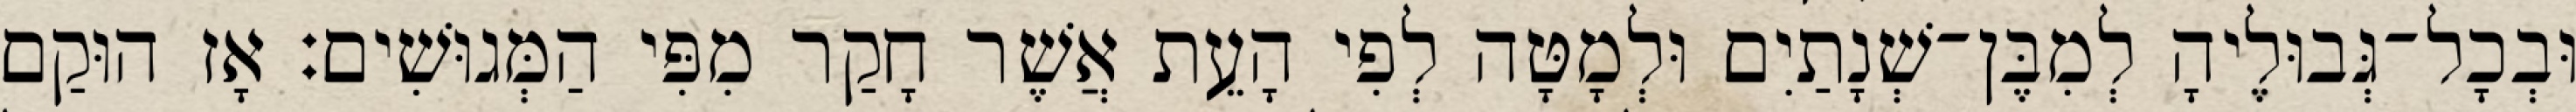
וּבְכָל־גְּבוּלֶיהָ לְמִבֶּן־שְׁנָתַיִם וּלְמָטָּה לְפִי הָעֵת אֲשֶׁר חָקַר מִפִּי הַמְּגוּשִׁים׃ אָז הוּקַם